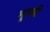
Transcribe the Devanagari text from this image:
मूरली